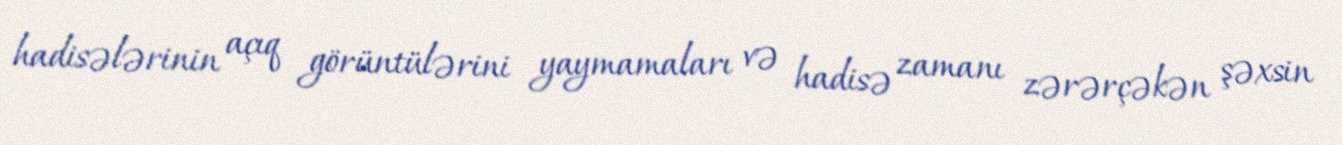
hadisələrinin açıq görüntülərini yaymamaları və hadisə zamanı zərərçəkən şəxsin